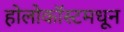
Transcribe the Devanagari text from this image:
होलोकॉस्टमधून